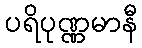
ပရိပုဏ္ဏမာနီ